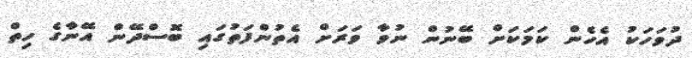
ދުވަހަކު އެހެން ކަމަކަށް ބޭނުން ނުވާ ވަރަށް އެތުންފަތުގައި ބޮސްދޭން އޭނާގެ ހިތް